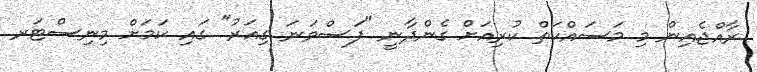
ރާއްޖެއިން މި މަސައްކަތް ކުރިއަށް ގެންދާނީ "ފަސްވަނަ ގިއަރު" ގައި ކަމަށް މިނިސްޓަރ